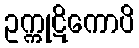
ဥက္ကုဋိကောပိ